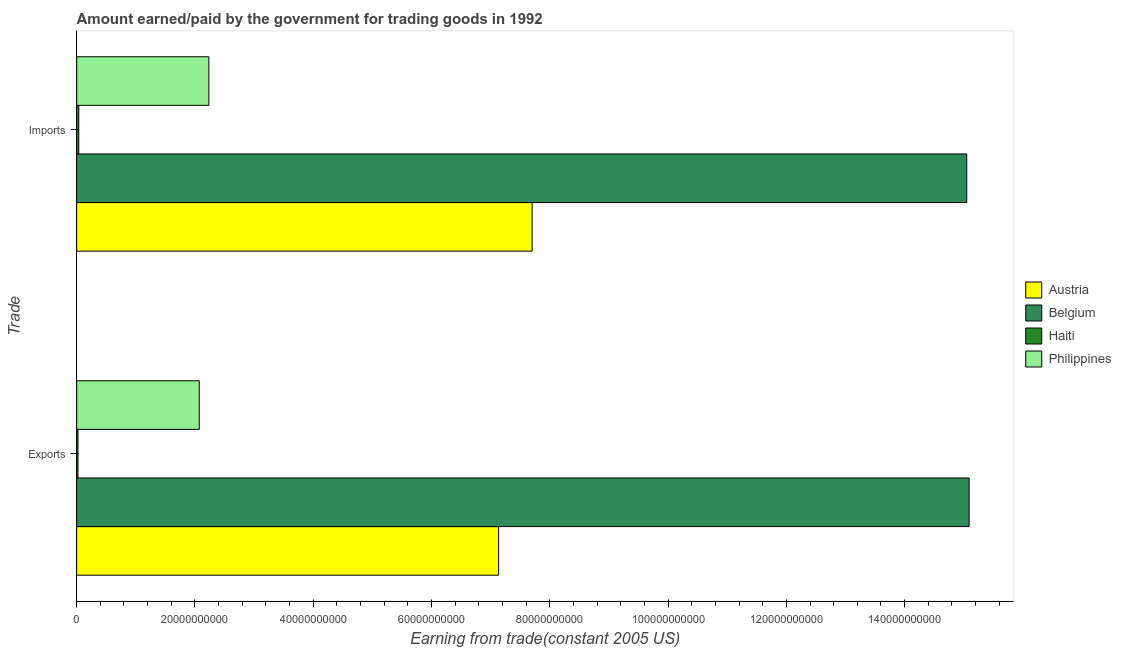
| Trade | Austria | Belgium | Haiti | Philippines |
 | --- | --- | --- | --- | --- |
 | Exports | 7.14e+10 | 1.51e+11 | 2.21e+08 | 2.07e+10 |
 | Imports | 7.7e+10 | 1.51e+11 | 3.58e+08 | 2.24e+10 |